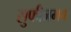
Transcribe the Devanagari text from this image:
सुफीजमच